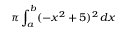
\pi \int _ { a } ^ { b } ( - x ^ { 2 } + 5 ) ^ { 2 } \, d x